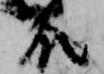
殿